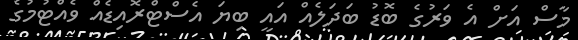
މާސް އަށް އެ ވަރުގެ ބޮޑު ބަދަލެއް އައީ ބިޔަ އެސްޓްރޮއިޑެއް ވެއްޓުމުގެ